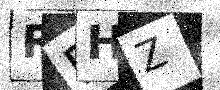
Text: RFHZ